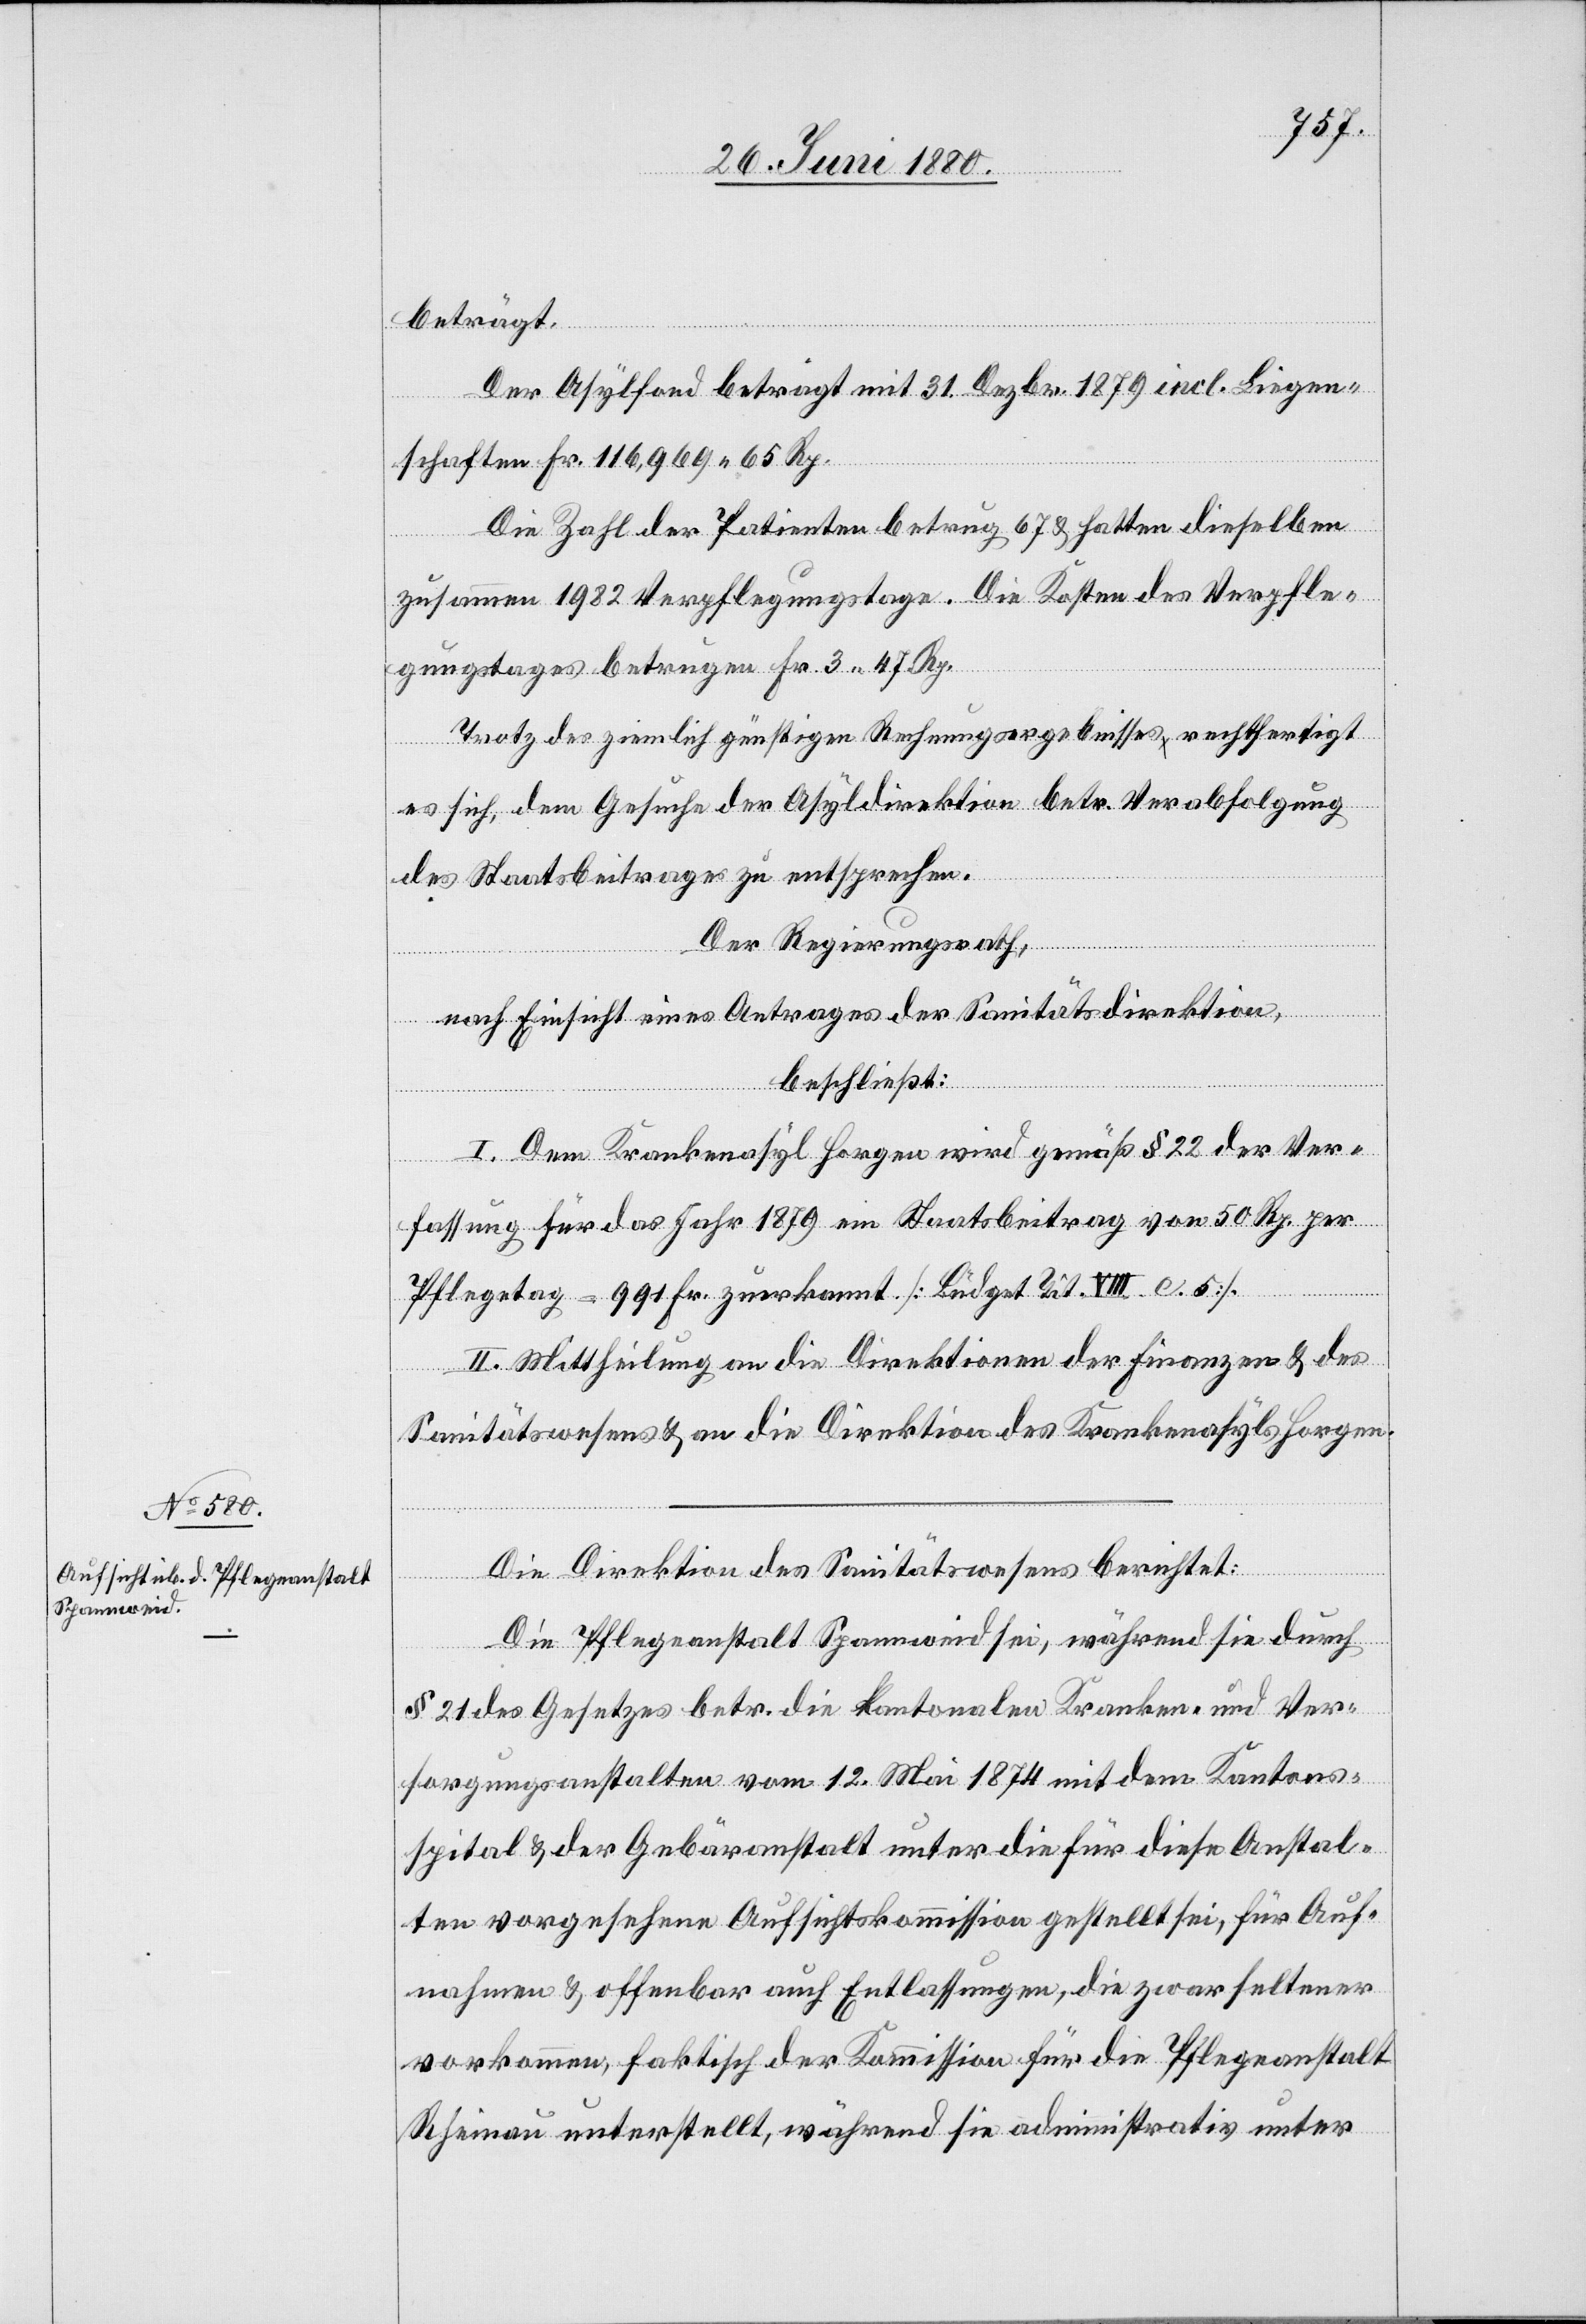
beträgt.
Der Asylfond beträgt mit 31. Dezbr. 1879 incl. Liegen¬
schaften Fr. 116,969. 65 Rp.
Die Zahl der Patienten betrug 67 & hatten dieselben
zusammen 1982 Verpflegungstage. Die Kosten des Verpfle¬
gungstages betrugen Fr. 3. 47 Rp.
Trotz des ziemlich günstigen Rechnungsergebnisses rechtfertigt
es sich, dem Gesuche der Asyldirektion betr. Verabfolgung
des Staatsbeitrages zu entsprechen.
Der Regierungsrath;
nach Einsicht eines Antrages der Sanitätsdirektion,
beschließt:
I. Dem Krankenasyl Horgen wird gemäß § 22 der Ver¬
fassung für das Jahr 1879 ein Staatsbeitrag von 50 Rp. per
Pflegetag = 991 Fr. zuerkannt. [Büdget Tit. VIII. c. 5.].
II. Mittheilung an die Direktionen der Finanzen & des
Sanitätswesens & an die Direktion des Krankenasyls Horgen.
Die Direktion des Sanitätswesens berichtet:
Die Pflegeanstalt Spannweid sei, während sie durch
§ 21 des Gesetzes betr. die kantonalen Kranken- und Ver¬
sorgungsanstalten vom 12. Mai 1874 mit dem Kantons¬
spital & der Gebäranstalt unter die für diese Anstal¬
ten vorgesehene Aufsichtskommission gestellt sei, für Auf¬
nahmen & offenbar auch Entlassungen, die zwar seltener
vorkommen, faktisch der Kommission für die Pflegeanstalt
Rheinau unterstellt, während sie administrativ unter